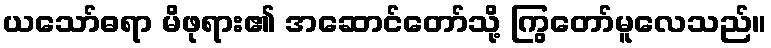
ယသော်ဓရာ မိဖုရား၏ အဆောင်တော်သို့ ကြွတော်မူလေသည်။